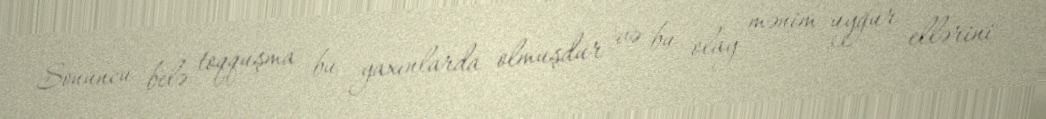
Sonuncu belə toqquşma bu yaxınlarda olmuşdur və bu olay mənim uyğur ellərini